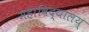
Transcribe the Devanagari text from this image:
महाविद्यालय्